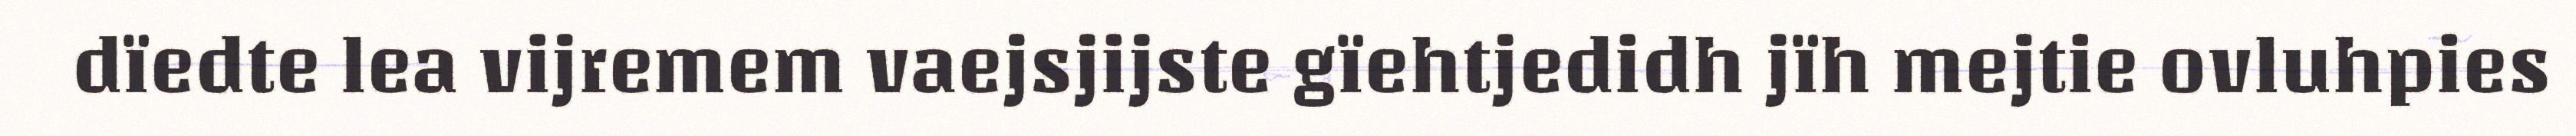
dïedte lea vijremem vaejsjijste gïehtjedidh jïh mejtie ovluhpies